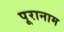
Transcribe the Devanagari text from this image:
पूरानाम